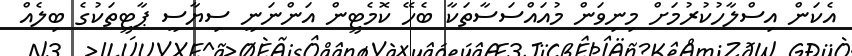
އެކަން އިސްލާހުކުރުމަށް މިނިވަން މުއައްސަސާތަކާ ބެހޭ ކޮމެޓީން އަންނަނީ ސިޔާސީ ޕާޓީތަކުގެ ބިލެއް